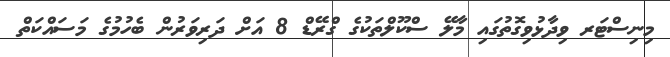
މިނިސްޓަރ ވިދާޅުވިގޮތުގައި މާލޭ ސްކޫލްތަކުގެ ގްރޭޑް 8 އަށް ދަރިވަރުން ބެހުމުގެ މަސައްކަތް